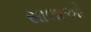
સાલાઓ